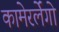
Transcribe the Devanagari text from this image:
कामेरर्लेंगो